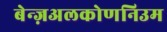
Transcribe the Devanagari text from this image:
बेन्ज़अलकोणनिउम